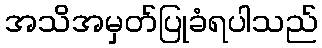
အသိအမှတ်ပြုခံရပါသည်